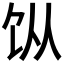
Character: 𬲪